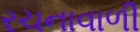
રચનાવાળી